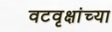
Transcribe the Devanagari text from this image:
वटवृक्षांच्या